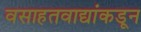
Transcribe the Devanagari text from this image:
वसाहतवाद्यांकडून